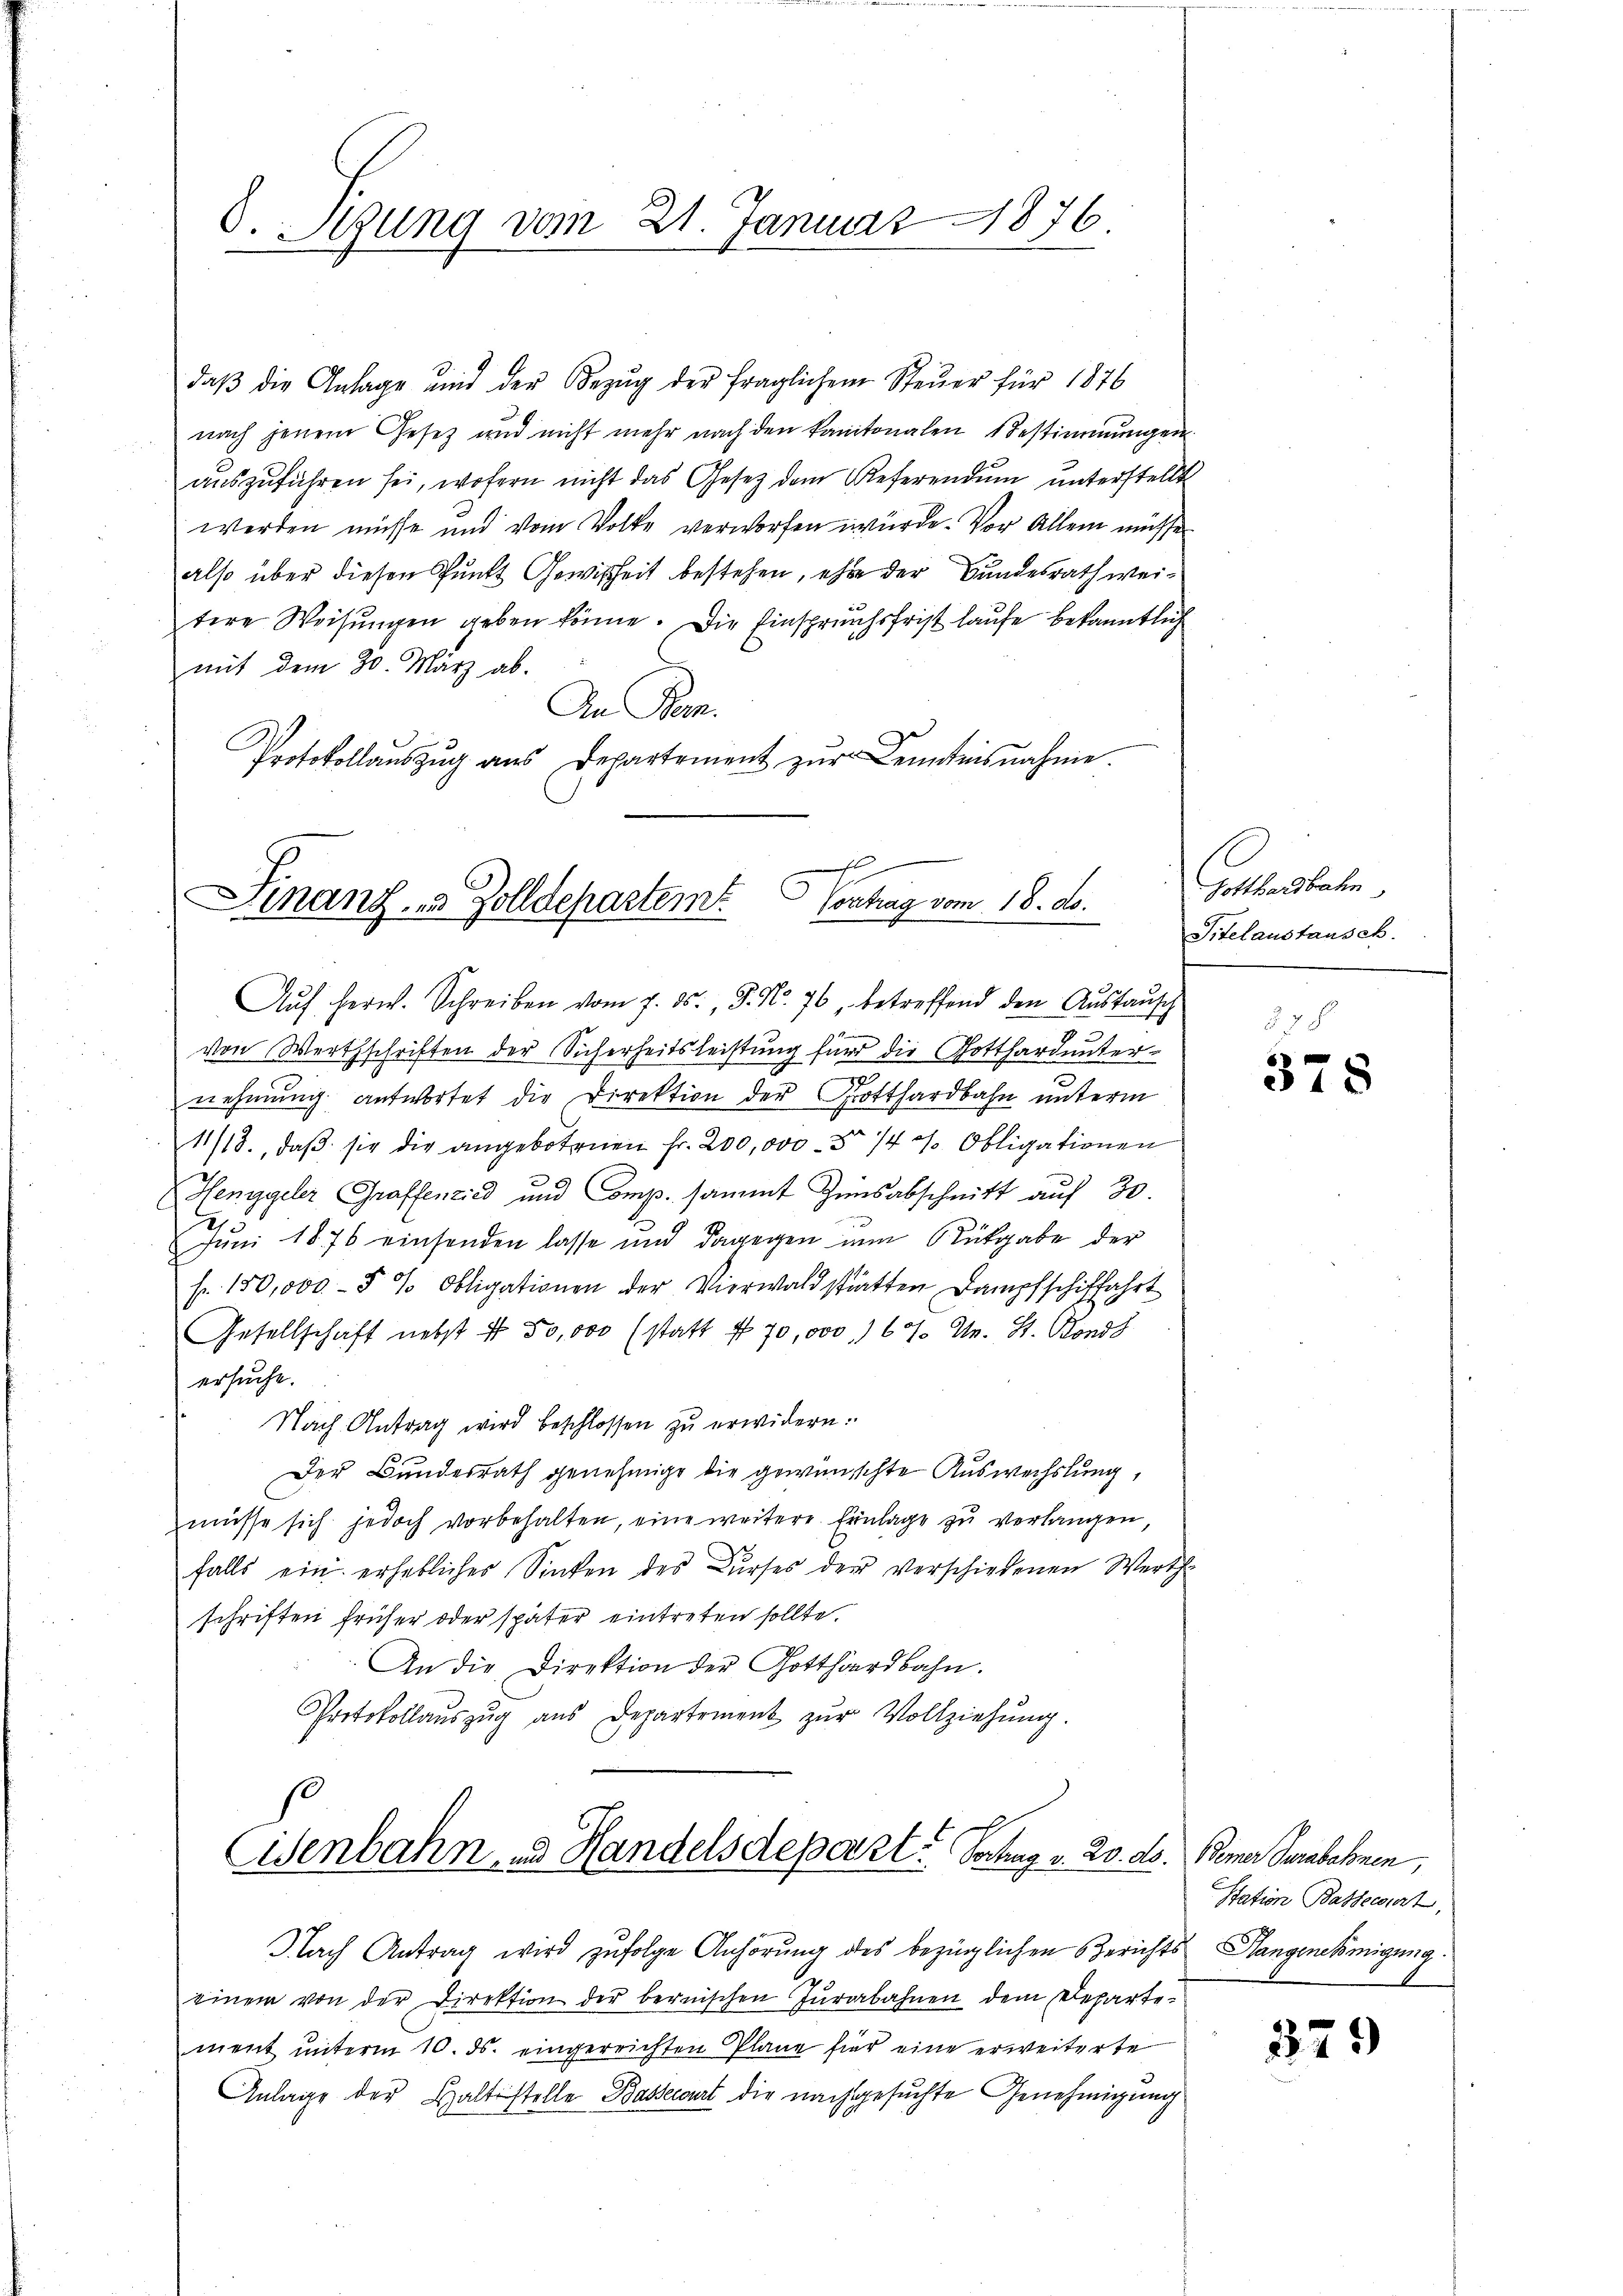
d. Stung vom 21. Januar 1876.

daβ die Anlage und der Bezŭg der fraglichem Steŭer für 1876
nach jenem Gesetz und nicht mehr nach den kantonalen Bestimmungen
aŭszŭführen sei, wofern nicht das Gesetz dem Referendŭm ŭnterstellt
werden müsse und vom Volke verworfen würde. Vor Allem müsse
also über diesen Punkt Gewißheit bestehen, ehe der Bundesrath weitere Weisungen geben könne. Die Einspruchsfrist laufe bekanntlich
mit dem 20. März ab.
An Bern.
Protokollauszug aus Departement zŭr Kenntnisnahme.

E
Finanz- & Zolldepartem
Vortrag vom 18. ds.

Aŭf herw. Schreiben vom 7. ds., F. No. 76, betreffend den Aŭstaŭsch
von Werthschriften der Sicherheitsleistung für die Gotthard unter-
.
nehmung antwortet die Direktion der Gotthardbahn unterm
11/18., daβ sie die angebotenen Fr. 200,000 - 14 v. Obligationen
Henggeler Graffenried und Comp. sammt Zinsabschnitt auf 30.
1
Juni 1876 einsenden lasse und dagegen nun Rütgabe der
fr. 150,000 § 2. Obligationen der Vierwaldstätten Dampfschiffahrt
Gesellschaft nebst 4 50,000 (statt 4 70,000 . 67. M. St. Monds
ersuche.
Nach Antrag wird beschlossen zŭ erwidern.
Der Bundesrath genehmige die gewünschte Auswechslung,
müsse sich jedoch vorbehalten, eine weitere Einlage zu verlangen,
falls ein erhebliches Sinken des Kŭrses der verschiedenen Werth
schriften früher oder später eintreten sollte.
An die Direktion der Gotthardbahn.
Protokollaŭszŭg aŭs Departement zŭr Vollziehŭng.
s

Eisenbahn und Handelsdepart. Schag v. 20. ds.

Nach Antrag wird zufolge Anhörung des bezüglichen Berichts Hangenehmigung
einem von der Direktion der bernischen Jurabahnen dem Departement unterm 10. ds. eingereichten Pläne für eine erweiterte
Anlage der Haltestelle Bassewart die nachgesuchte Genehmigung

Gotthardbahn
Sitelaustausch.

378

) Manne verleben.
Station Bassecziert,

379)